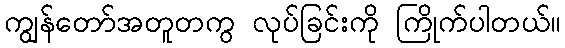
ကျွန်တော်အတူတကွ လုပ်ခြင်းကို ကြိုက်ပါတယ်။